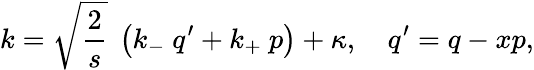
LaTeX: k=\sqrt{\frac{2}{s}}\ \left(k_{-}\ q^{\prime}+k_{+}\ p\right)+\kappa,\ \ \ \ q^{\prime}=q-xp,